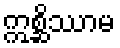
ဣစ္ဆိဿာမ